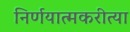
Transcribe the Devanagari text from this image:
निर्णयात्मकरीत्या